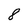
Character: 8